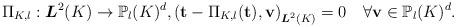
LaTeX: \begin{align*}\Pi_{K,l}:\boldsymbol{L}^{2}(K)\rightarrow\mathbb{P}_{l}(K)^{d}, \left(\mathbf{t}-\Pi_{K,l}(\mathbf{t}),\mathbf{v}\right)_{\boldsymbol{L}^{2}(K)}=0\quad\forall \mathbf{v}\in\mathbb{P}_{l}(K)^{d}.\end{align*}